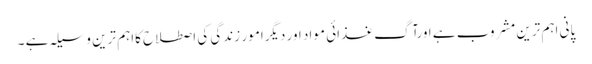
پانی اہم ترین مشروب ہے اورآگ غذائی مواد اور دیگرامور ِ زندگی کی اصطلاح کااہم ترین وسیلہ ہے ۔